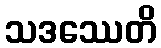
သဒဿေတိ